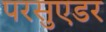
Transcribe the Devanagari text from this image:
परसुएडर